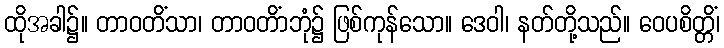
ထိုအခါ၌။ တာဝတိံသာ၊ တာဝတိံာဘုံ၌ ဖြစ်ကုန်သော။ ဒေဝါ၊ နတ်တို့သည်။ ဝေပစိတ္တိံ၊